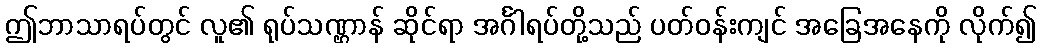
ဤဘာသာရပ်တွင် လူ၏ ရုပ်သဏ္ဌာန် ဆိုင်ရာ အင်္ဂါရပ်တို့သည် ပတ်ဝန်းကျင် အခြေအနေကို လိုက်၍